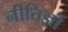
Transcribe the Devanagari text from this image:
नीतिज्ञों